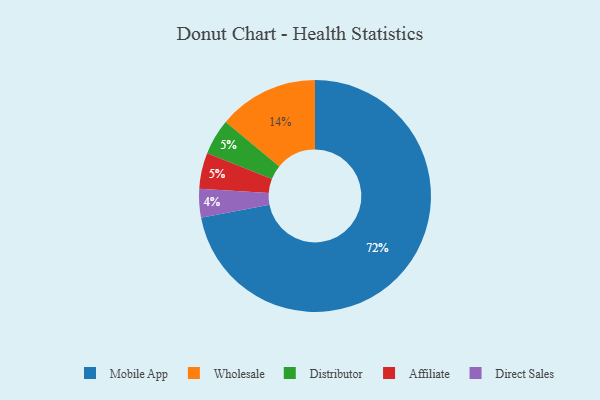
{"axis": {"x": "Category", "y": "Percentage"}, "legend": ["Affiliate", "Direct Sales", "Distributor", "Mobile App", "Wholesale"], "data": [{"x": "Wholesale", "y": 14, "type": "Wholesale"}, {"x": "Distributor", "y": 5, "type": "Distributor"}, {"x": "Mobile App", "y": 72, "type": "Mobile App"}, {"x": "Affiliate", "y": 5, "type": "Affiliate"}, {"x": "Direct Sales", "y": 4, "type": "Direct Sales"}]}